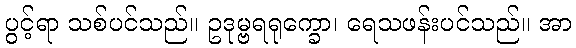
ပွင့်ရာ သစ်ပင်သည်။ ဥဒုမ္ဗရရုက္ခော၊ ရေသဖန်းပင်သည်။ အာ